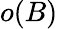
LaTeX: o(B)